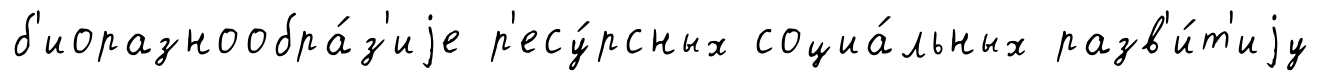
б'иоразнообра́з'иjе р'есу́рсных социа́льных разв'и́т'иjу